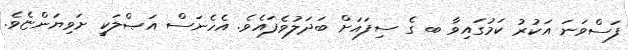
ފަސްވަނަ އަކުރު ކަމުގައިވާ ބ ގެ ސިފައަށް ބަދަލުވެފައެވެ. އެހެނަސް އަޞްލަކީ ށަވިޔަންޏެވެ.